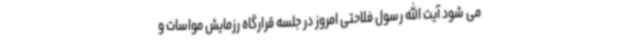
می شود آیت الله رسول فلاحتی امروز در جلسه قرارگاه رزمایش مواسات و